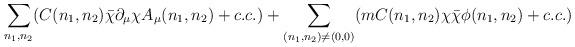
LaTeX: \begin{align*}\sum_{n_1,n_2}(C(n_1,n_2) \bar{\chi}\partial_{\mu} \chi A_{\mu}(n_1,n_2)+c.c.) +\sum_{(n_1,n_2)\neq (0,0)}(m C(n_1,n_2) \chi \bar{\chi} \phi(n_1,n_2) + c.c.)\end{align*}